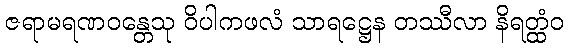
ဇရာမရဏဝန္တေသု ဝိပါကဖလံ သာရဋ္ဌေန တဿီလာ နိရတ္ထံဝ